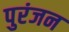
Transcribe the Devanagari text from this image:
पुरंजन